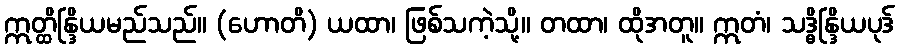
ဣတ္ထိန္ဒြိယမည်သည်။ (ဟောတိ) ယထာ၊ ဖြစ်သကဲ့သို့။ တထာ၊ ထိုအတူ။ ဣတံ၊ သဒ္ဓိန္ဒြိယပုဒ်